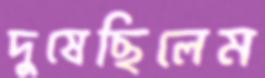
দুষেছিলেম